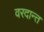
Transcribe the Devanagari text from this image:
वरदान्त